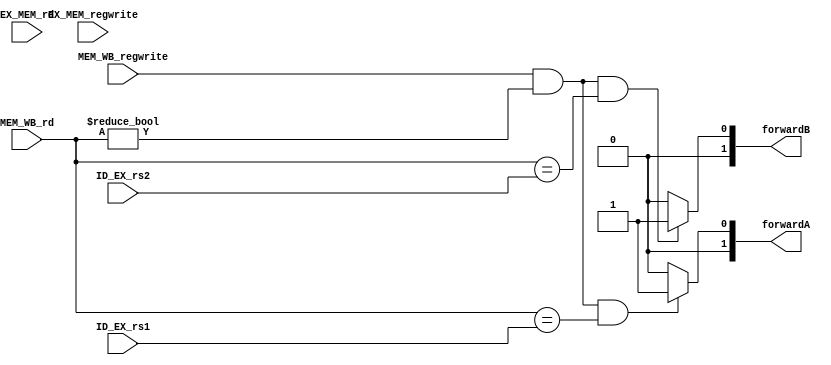
module ForwardingUnit (input [4:0] ID_EX_rs1,
                        input [4:0] ID_EX_rs2,
                        input [4:0] EX_MEM_rd,
                        input [4:0] MEM_WB_rd,
                        input EX_MEM_regwrite,
                        input MEM_WB_regwrite,
                        output reg [1:0] forwardA,
                        output reg [1:0] forwardB);


//MEM HAZARD
//if (MEM/WB.RegWrite and (MEM/WB.RegisterRd ? 0)?  
//	and (MEM/WB.RegisterRd = ID/EX.RegisterRs1))  
//   		and not (EX/MEM.RegWrite and (EX/MEM.RegisterRd ? 0)?                    
//            		and (EX/MEM.RegisterRd = ID/EX.RegisterRs1))?    
//   ?  	forwardA = 01
//if (MEM/WB.RegWrite and (MEM/WB.RegisterRd ? 0)?    
//	and (MEM/WB.RegisterRd = ID/EX.RegisterRs2))?
//   		and not (EX/MEM.RegWrite and (EX/MEM.RegisterRd ? 0)?                 
//            		and (EX/MEM.RegisterRd = ID/EX.RegisterRs2))?    
//     	forwardB = 01



//if (EX/MEM.RegWrite and (EX/MEM.RegisterRd ? 0)?    
//   		and (EX/MEM.RegisterRd = ID/EX.RegisterRs1))?  
//	forwardA = 10
//if (EX/MEM.RegWrite and (EX/MEM.RegisterRd ? 0)?    
//  		 and (EX/MEM.RegisterRd = ID/EX.RegisterRs2))?  
//	forwardB = 10



always @(*)
begin
forwardA=2'b00;
forwardB=2'b00;


//alu
//if (EX_MEM_regwrite & (EX_MEM_rd !=0)
//    & (EX_MEM_rd == ID_EX_rs1))
//    forwardA=2'b10;
//else
 if ((MEM_WB_regwrite & (MEM_WB_rd !=0)) 
         & (MEM_WB_rd == ID_EX_rs1) )
//         &!(EX_MEM_regwrite & (EX_MEM_rd !=0))
//         & (EX_MEM_rd == ID_EX_rs1))
     forwardA=2'b01;
        
else forwardA=2'b00;
        
         
         
//if (EX_MEM_regwrite & (EX_MEM_rd !=0)
//        & (EX_MEM_rd == ID_EX_rs2))
//     forwardB=2'b10;
//else 
if ((MEM_WB_regwrite & (MEM_WB_rd !=0)) 
          & (MEM_WB_rd == ID_EX_rs2) )
//          &!(EX_MEM_regwrite & (EX_MEM_rd !=0))
//          & (EX_MEM_rd == ID_EX_rs2))
          forwardB=2'b01;
else  forwardB=2'b00;



end









endmodule